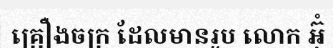
គ្រឿងចក្រ ដែលមានរូប លោក អ៊ុំ